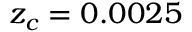
z _ { c } = 0 . 0 0 2 5